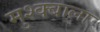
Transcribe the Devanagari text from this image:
मुश्क्बाला